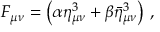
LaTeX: F _ { \mu \nu } = \left( \alpha \eta _ { \mu \nu } ^ { 3 } + \beta \bar { \eta } _ { \mu \nu } ^ { 3 } \right) \, ,